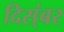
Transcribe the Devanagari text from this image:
दिस्ंबर